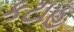
કટાહ